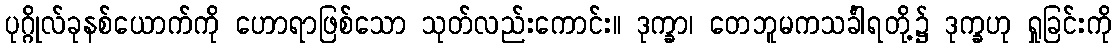
ပုဂ္ဂိုလ်ခုနစ်ယောက်ကို ဟောရာဖြစ်သော သုတ်လည်းကောင်း။ ဒုက္ခာ၊ တေဘူမကသင်္ခါရတို့၌ ဒုက္ခဟု ရှုခြင်းကို